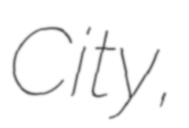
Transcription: City,